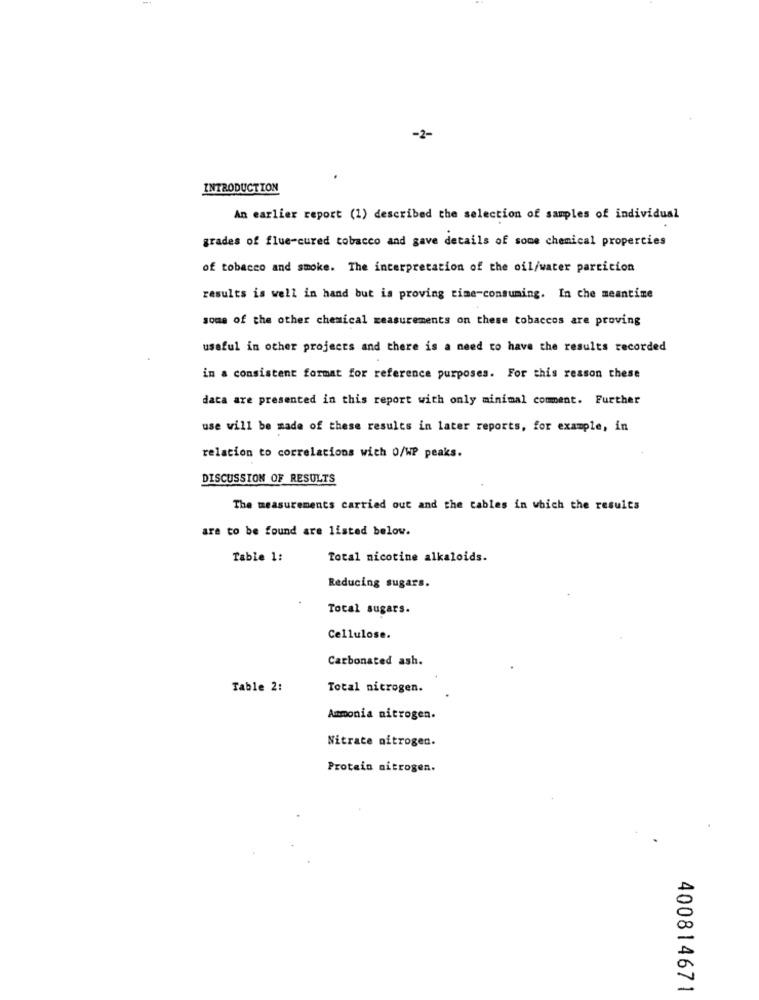
-2-
INTRODUCTION
An earlier report (1) described the selection of samples of individual
grades of flue-cured tobacco and gave details of some chemical properties
of tobacco and smoke. The interpretation of the oil/water particion
results is well in hand but is proving time-consuming. In che meantime
some of the other chemical measurements on these tobaccos are proving
useful in other projects and there is a need to have the results recorded
in a consistent format for reference purposes. For this reason these
data are presented in this report with only minimal comment. Further
use will be made of these results in later reports, for example, in
relation to correlations wich O/WP peaks.
DISCUSSION OF RESULTS
The measurements carried out and the cables in which the results
are to be found are listed below.
Table 1:
Total nicotine alkaloids.
Reducing sugars.
Total sugars.
Cellulose.
Carbonated ash.
Table 2:
Total nitrogen.
Ammonia nitrogen.
Nitrate nitrogen.
Protein nitrogen.
400814671